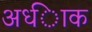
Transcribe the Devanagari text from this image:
अध्ािक